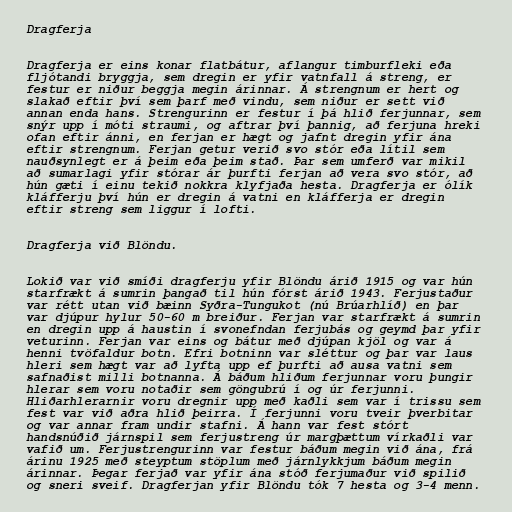
Dragferja

Dragferja er eins konar flatbátur, aflangur timburfleki eða
fljótandi bryggja, sem dregin er yfir vatnfall á streng, er
festur er niður beggja megin árinnar. Á strengnum er hert og
slakað eftir því sem þarf með vindu, sem niður er sett við
annan enda hans. Strengurinn er festur í þá hlið ferjunnar, sem
snýr upp í móti straumi, og aftrar því þannig, að ferjuna hreki
ofan eftir ánni, en ferjan er hægt og jafnt dregin yfir ána
eftir strengnum. Ferjan getur verið svo stór eða lítil sem
nauðsynlegt er á þeim eða þeim stað. Þar sem umferð var mikil
að sumarlagi yfir stórar ár þurfti ferjan að vera svo stór, að
hún gæti í einu tekið nokkra klyfjaða hesta. Dragferja er ólík
kláfferju því hún er dregin á vatni en kláfferja er dregin
eftir streng sem liggur í lofti.

Dragferja við Blöndu.

Lokið var við smíði dragferju yfir Blöndu árið 1915 og var hún
starfrækt á sumrin þangað til hún fórst árið 1943. Ferjustaður
var rétt utan við bæinn Syðra-Tungukot (nú Brúarhlíð) en þar
var djúpur hylur 50-60 m breiður. Ferjan var starfrækt á sumrin
en dregin upp á haustin í svonefndan ferjubás og geymd þar yfir
veturinn. Ferjan var eins og bátur með djúpan kjöl og var á
henni tvöfaldur botn. Efri botninn var sléttur og þar var laus
hleri sem hægt var að lyfta upp ef þurfti að ausa vatni sem
safnaðist milli botnanna. Á báðum hliðum ferjunnar voru þungir
hlerar sem voru notaðir sem göngubrú í og úr ferjunni.
Hliðarhlerarnir voru dregnir upp með kaðli sem var í trissu sem
fest var við aðra hlið þeirra. Í ferjunni voru tveir þverbitar
og var annar fram undir stafni. Á hann var fest stórt
handsnúðið járnspil sem ferjustreng úr margþættum vírkaðli var
vafið um. Ferjustrengurinn var festur báðum megin við ána, frá
árinu 1925 með steyptum stöplum með járnlykkjum báðum megin
árinnar. Þegar ferjað var yfir ána stóð ferjumaður við spilið
og sneri sveif. Dragferjan yfir Blöndu tók 7 hesta og 3-4 menn.